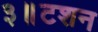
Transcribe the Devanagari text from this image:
३॥टशन